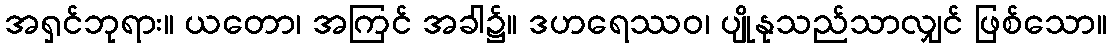
အရှင်ဘုရား။ ယတော၊ အကြင် အခါ၌။ ဒဟရေဿဝ၊ ပျိုနုသည်သာလျှင် ဖြစ်သော။